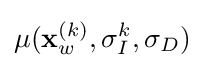
\mu (\mathbf {x} _{w}^{(k)},\sigma _{I}^{k},\sigma _{D})